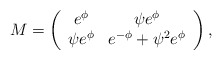
\begin{align*}M = \left( \begin{array}{cc} e^{\phi} & \psi e^{\phi}\\ \psi e^{\phi} & e^{-\phi} + \psi^2 e^{\phi} \end{array}\right) ,\end{align*}